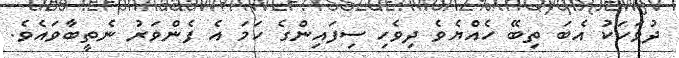
ދުވަހަކު އެބަ ތިބޭ ހެއްޔެވެ ދިވެހި ސިފައިންގެ ހަމަ އެ ފެންވަރު ނެތީބާވައެވެ.